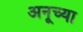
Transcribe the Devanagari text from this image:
अनूच्या